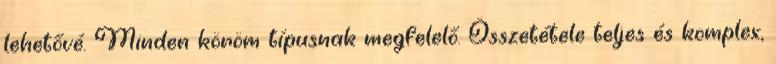
lehetővé. Minden köröm típusnak megfelelő. Összetétele teljes és komplex,